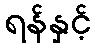
ရန်နှင့်